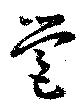
営